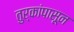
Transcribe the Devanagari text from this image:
तुर्कांपासून